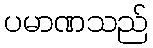
ပမာဏသည်